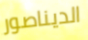
الديناصور